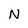
Character: N